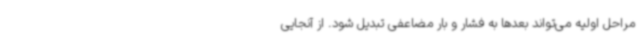
مراحل اولیه می‌تواند بعدها به فشار و بار مضاعفی تبدیل شود. از آنجایی